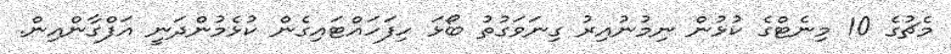
މެޗުގެ 10 މިނެޓްގެ ކުޅުން ނިމުނުއިރު ގިނަވަގުތު ބޯޅަ ހިފަހައްޓައިގެން ކުޅެމުންދަނީ އަފްގާންއިން.